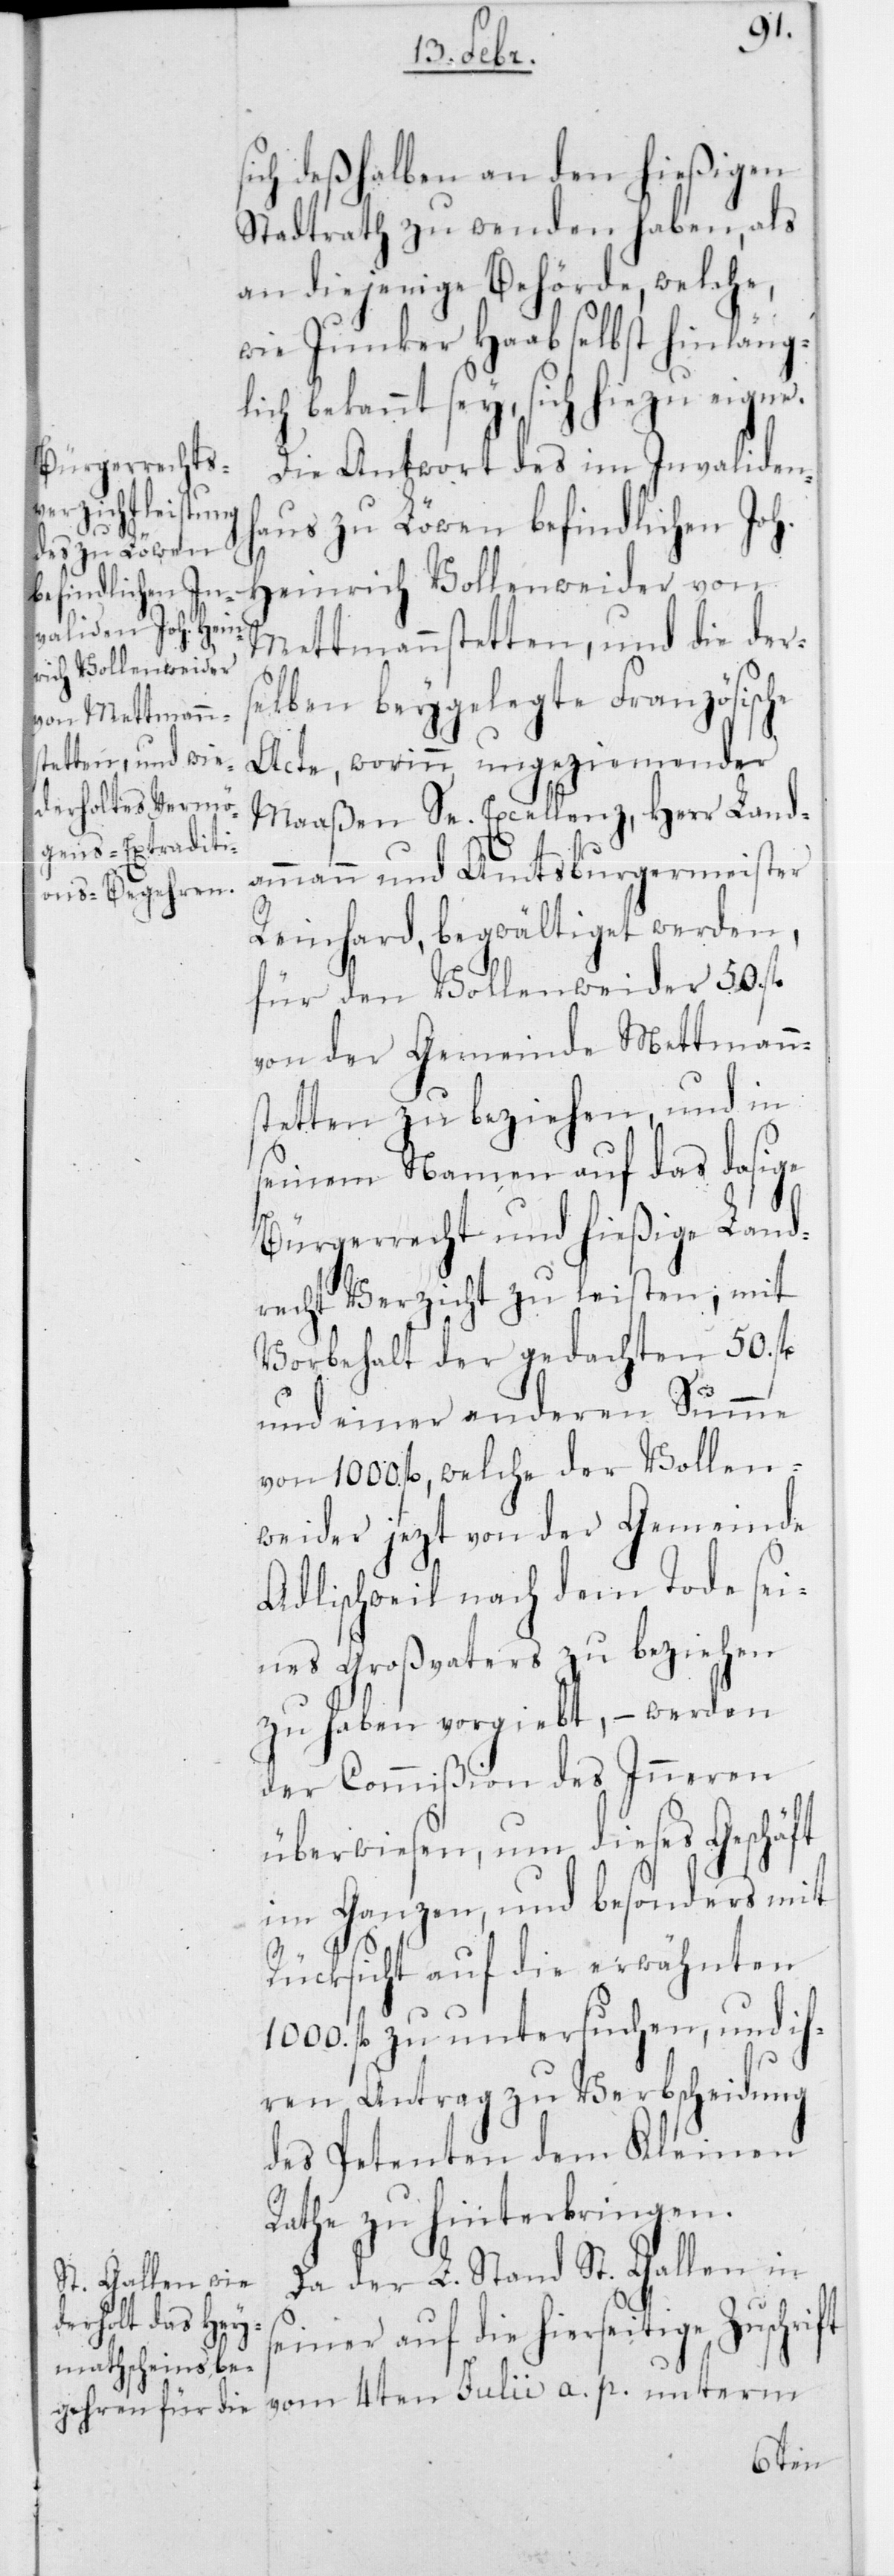
sich deßhalben an den hießigen
Stadtrath zu wenden haben, als
an diejenige Behörde, welche,
wie Junker Haab selbst hinläng¬
lich bekannt sey, sich hiezu eigne.
Die Antwort des im Invaliden¬
haus zu Löwen befindlichen Joh.
Heinrich Vollenweider von
Mettmennstetten, und die der¬
selben beygelegte Französische
Acte, worinn ungeziemender
Maaßen Se. Excellenz, Herr Land¬
ammann und Amtsburgermeister
Reinhard, begwältiget werden,
für den Vollenweider 50 fl.
von der Gemeinde Mettmenn¬
stetten zu beziehen, und in
seinem Namen auf das dasige
Bürgerrecht und hießige Land¬
recht Verzicht zu leisten; mit
Vorbehalt der gedachten 50
und einer anderen Summe
von 1000 fl., welche der Vollen¬
weider jetzt von der Gemeinde
Adlischweil nach dem Tode sei¬
nes Großvaters zu beziehen
zu haben vorgiebt, – werden
der Commißion des Innern
überwiesen, um dieses Geschäft
im Ganzen, und besonders mit
Rücksicht auf die erwähnten
1000 fl. zu untersuchen, und ih¬
ren Antrag zu Verbscheidung
des Petenten dem Kleinen
Rathe zu hinterbringen.
Da der L. Stand St.Gallen in
seiner auf die hierseitige Zuschrift
4ten